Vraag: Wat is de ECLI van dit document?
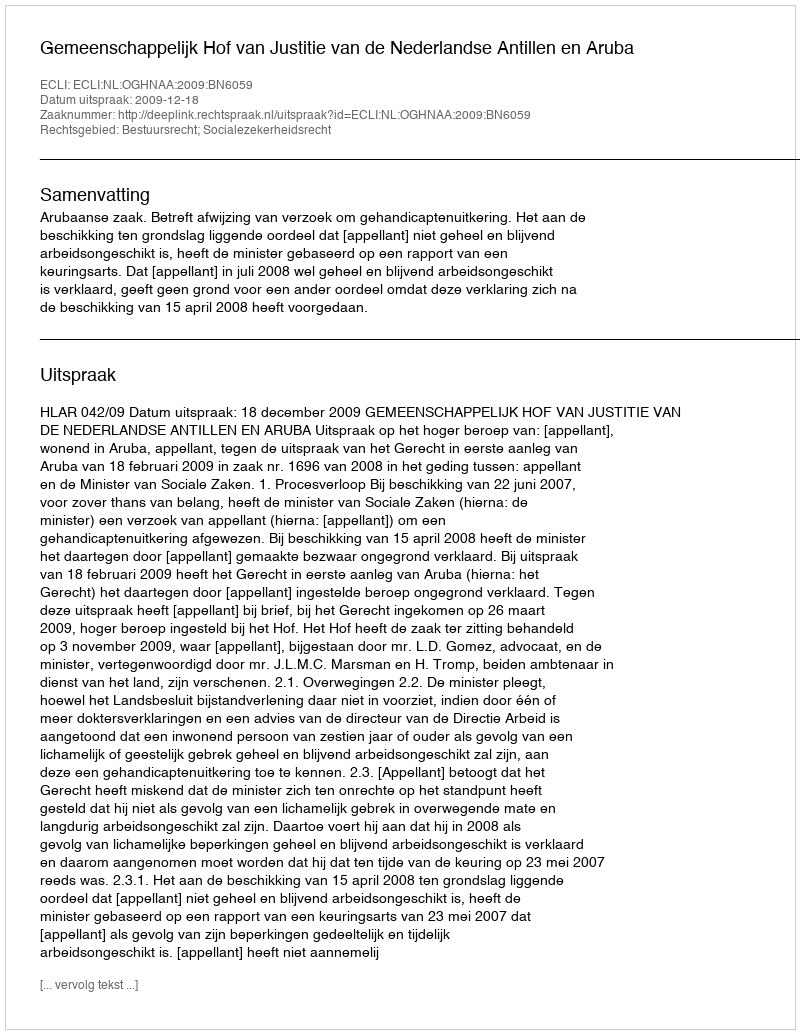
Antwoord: ECLI:NL:OGHNAA:2009:BN6059